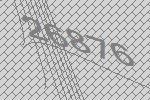
26876